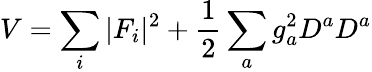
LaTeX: V=\sum_{i}|F_{i}|^{2}+\frac 12\sum_{a}g_{a}^{2}D^{a}D^{a}